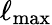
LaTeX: \ell_{\mathrm{max}}